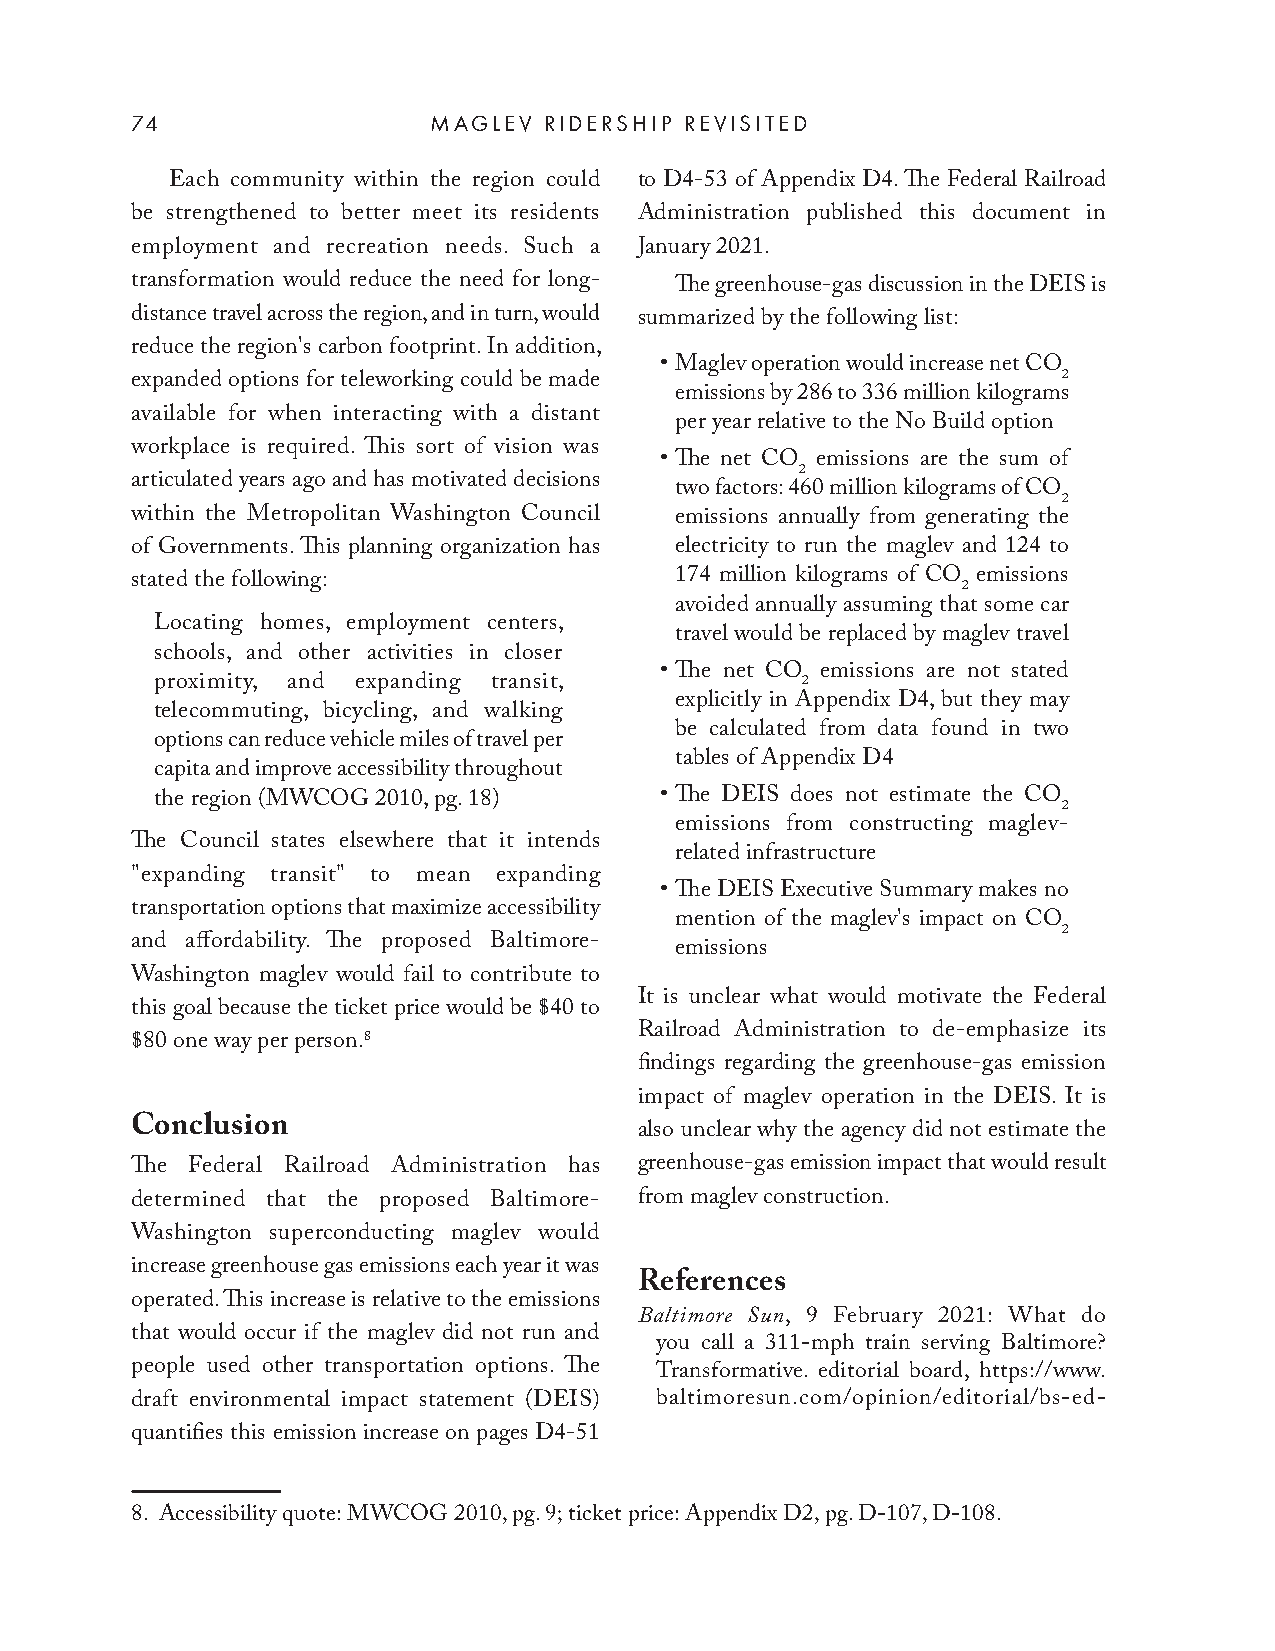
74                 MAGLEV  RIDERSHIP REVISITED
 Each community within the region could to D4-53 of Appendix D4. The Federal Railroad
 be strengthened to better meet its residents Administration published this document in
 employment and recreation needs. Such a January 2021.
 transformation would reduce the need for long- The greenhouse-gas discussion in the DEIS is
 distance travel across the region, and in turn, would summarized by the following list:
 reduce the region's carbon footprint. In addition,
 • Maglev operation would increase net CO
 expanded options for teleworking could be made               2
 emissions by 286 to 336 million kilograms
 available for when interacting with a distant
 per year relative to the No Build option
 workplace is required. This sort of vision was
 • The net CO emissions are the sum of
 2
 articulated years ago and has motivated decisions
 two factors: 460 million kilograms of CO
 2
 within the Metropolitan Washington Council emissions annually from generating the
 of Governments. This planning organization has electricity to run the maglev and 124 to
 stated the following:               174 million kilograms of CO 2 emissions
 avoided annually assuming that some car
 Locating homes, employment centers,
 travel would be replaced by maglev travel
 schools, and other activities in closer
 • The net CO emissions are not stated
 proximity, and expanding transit,          2
 explicitly in Appendix D4, but they may
 telecommuting, bicycling, and walking
 be calculated from data found in two
 options can reduce vehicle miles of travel per
 tables of Appendix D4
 capita and improve accessibility throughout
 the region (MWCOG 2010, pg. 18)   • The DEIS does not estimate the CO
 2
 emissions from constructing maglev-
 The Council states elsewhere that it intends
 related infrastructure
 "expanding transit" to mean expanding
 • The DEIS Executive Summary makes no
 transportation options that maximize accessibility
 mention of the maglev's impact on CO
 2
 and affordability. The proposed Baltimore-
 emissions
 Washington maglev would fail to contribute to
 It is unclear what would motivate the Federal
 this goal because the ticket price would be $40 to
 Railroad Administration to de-emphasize its
 $80 one way per person.8
 findings regarding the greenhouse-gas emission
 impact of maglev operation in the DEIS. It is
 Conclusion                       also unclear why the agency did not estimate the
 The Federal Railroad Administration has greenhouse-gas emission impact that would result
 determined that the proposed Baltimore- from maglev construction.
 Washington superconducting maglev would
 increase greenhouse gas emissions each year it was
 References
 operated. This increase is relative to the emissions
 Baltimore Sun, 9 February 2021: What do
 that would occur if the maglev did not run and
 you call a 311-mph train serving Baltimore?
 people used other transportation options. The Transformative. editorial board, https://www.
 draft environmental impact statement (DEIS) baltimoresun.com/opinion/editorial/bs-ed-
 quantifies this emission increase on pages D4-51
 8. Accessibility quote: MWCOG 2010, pg. 9; ticket price: Appendix D2, pg. D-107, D-108.